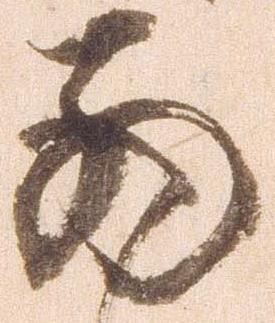
西